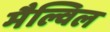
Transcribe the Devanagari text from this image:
मैल्विल